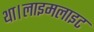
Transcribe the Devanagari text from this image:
था।लाइमलाइट